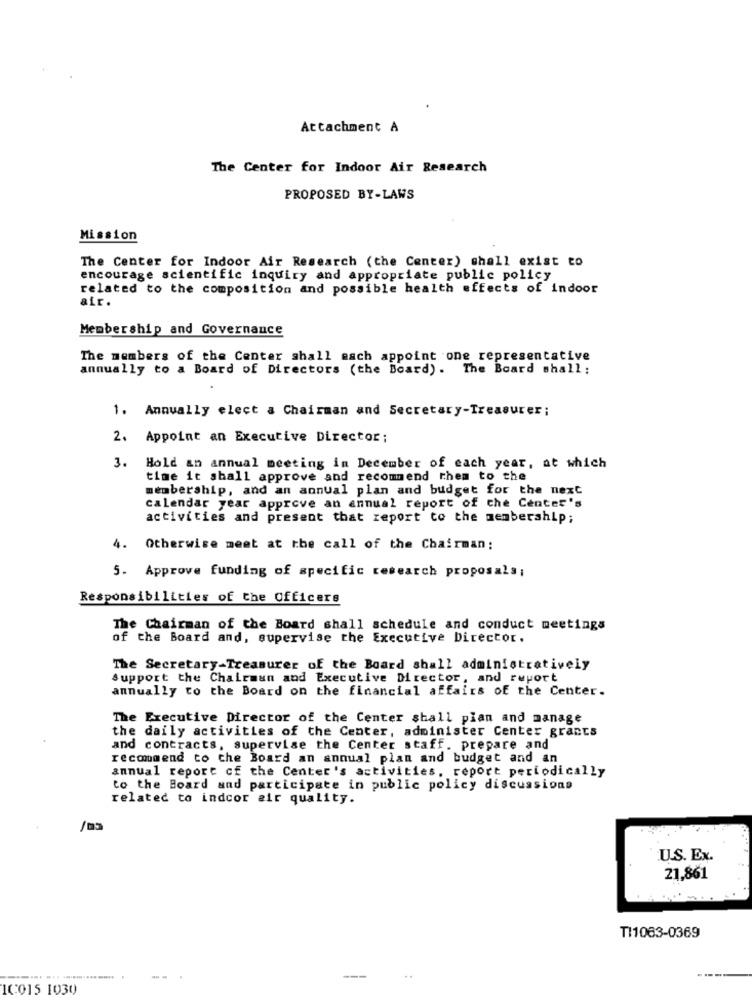
Attachment A
The Center for Indoor Air Research
PROPOSED BY-LAWS
Mission
The Center for Indoor Air Research (the Center) shall exist to
encourage scientific inquiry and appropriate public policy
related to the composition and possible health effects of indoor
air.
Membership and Governance
The members of the Center shall each appoint one representative
annually to a Board of Directors (the Board). The Board shall:
1. Annually elect a Chairman and Secretary-Treasurer;
2. Appoint an Executive Director:
3.
Hold an annual meeting in December of each year, at which
time it shall approve and recommend them to the
membership, and an annual plan and budget for the next
calendar year approve an annual report of che Center's
activities and present that report to the membership;
4.
Otherwise meet at the call of the Chairman:
5. Approve funding of specific research proposals;
Responsibilities of the Officers
The Chairman of the Board shall schedule and conduct meetings
of the Board and, supervise the Executive Director.
The Secretary-Treasurer of the Board shall administratively
support the Chairman and Executive Director, and report
annually to the Board on the financial affairs of the Center.
The Executive Director of the Center shall plan and manage
the daily activities of the Center, administer Center grants
and contracts, supervise the Center staff. prepare and
recommend to the Board an annual plan and budget and an
annual report cf the Center's activities, report periodically
to the Board and participate in public policy discussions
related to indcor air quality.
U.S. Ex.
21,861
TI1063-0369
---
---... ...
10015 1030